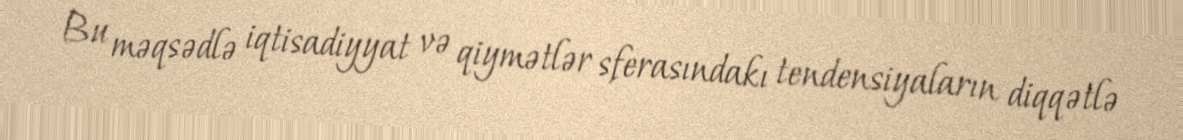
Bu məqsədlə iqtisadiyyat və qiymətlər sferasındakı tendensiyaların diqqətlə